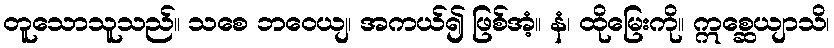
တူသောသူသည်။ သစေ ဘဝေယျ၊ အကယ်၍ ဖြစ်အံ့။ နံ၊ ထိုမြေးကို။ ဣစ္ဆေယျာသိ၊